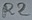
Text: R2